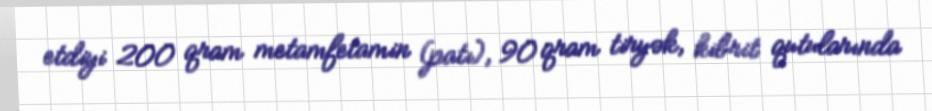
etdiyi 200 qram metamfetamin (patı), 90 qram tiryək, kibrit qutularında